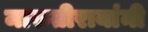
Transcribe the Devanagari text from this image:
मारुतीरायांनी